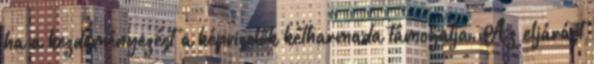
ha a kezdeményezést a képviselők kétharmada támogatja. Az eljárást